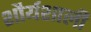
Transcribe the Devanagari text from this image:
शौर्यशाली